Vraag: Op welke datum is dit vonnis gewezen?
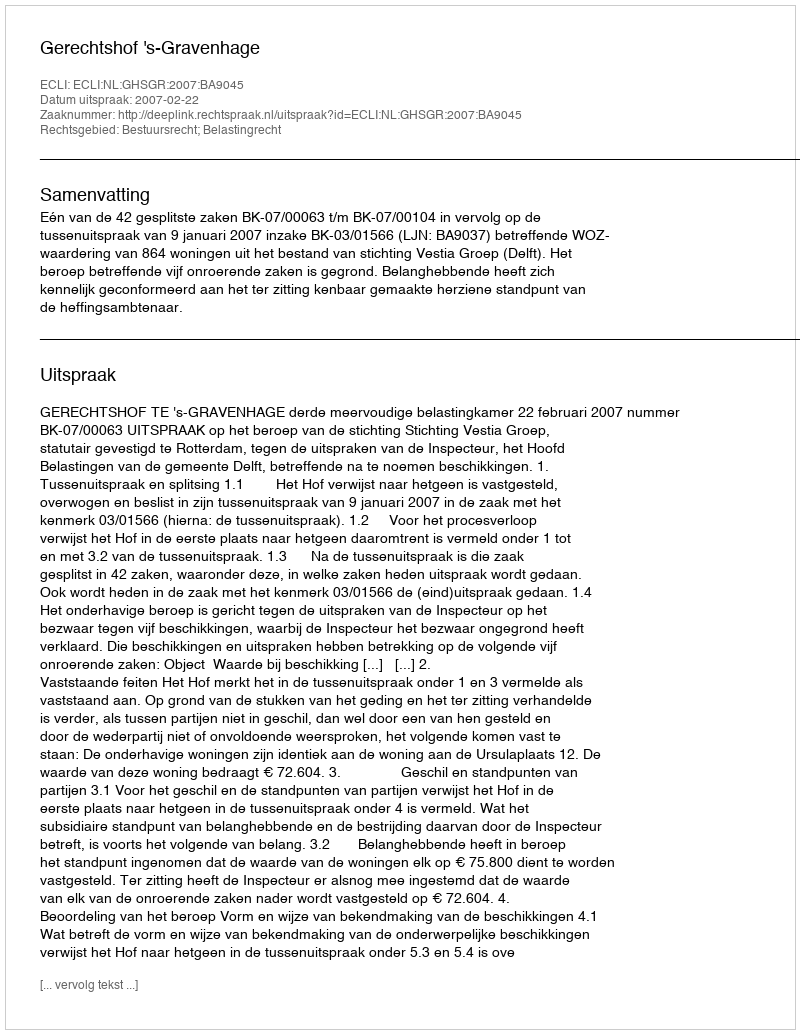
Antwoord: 2007-02-22